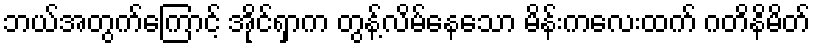
ဘယ်အတွက်ကြောင့် အိုင်ရှာက တွန့်လိမ်နေသော မိန်းကလေးထက် ဂတိနိမိတ်